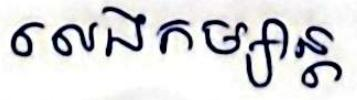
លេងកម្សាន្ដ